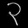
Digit: ၃